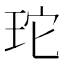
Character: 𭹂